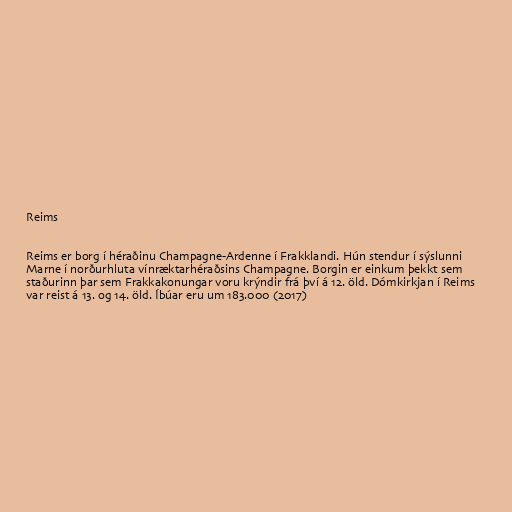
Reims

Reims er borg í héraðinu Champagne-Ardenne í Frakklandi. Hún stendur í sýslunni
Marne í norðurhluta vínræktarhéraðsins Champagne. Borgin er einkum þekkt sem
staðurinn þar sem Frakkakonungar voru krýndir frá því á 12. öld. Dómkirkjan í Reims
var reist á 13. og 14. öld. Íbúar eru um 183.000 (2017)